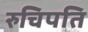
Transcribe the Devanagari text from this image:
रुचिपति